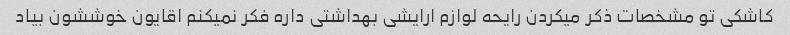
کاشکی تو مشخصات ذکر میکردن رایحه لوازم ارایشی بهداشتی داره فکر نمیکنم اقایون خوششون بیاد